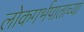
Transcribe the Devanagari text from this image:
लोकगर्भपाताच्या